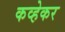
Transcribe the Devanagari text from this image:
कव्हेकर